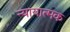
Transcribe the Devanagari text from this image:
न्यायात्मक